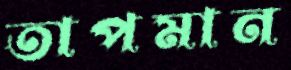
তাপমান